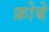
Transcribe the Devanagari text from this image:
फ्रोबे